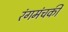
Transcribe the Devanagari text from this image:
रंगमंचकी